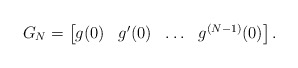
\begin{align*} G_N = \begin{bmatrix} g(0) & g'(0) & \ldots & g^{(N-1)}(0) \end{bmatrix}.\end{align*}